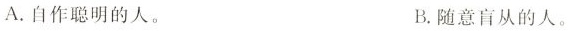
A.自作聪明的人。 B.随意盲从的人。